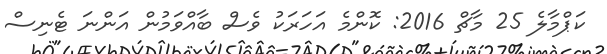
ކަޕްމާލެ 25 މާޗް 2016: ކޮންމެ އަހަރަކު ވެސް ބާއްވަމުން އަންނަ ޓެނިސް